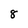
Character: 8